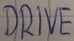
Text: DRIVE